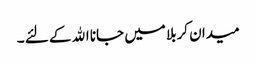
میدان کربلا میں جانا اﷲ کے لئے ۔